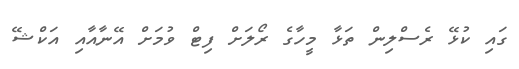
ގައި ކުޅޭ ރެސްލިން ތަޅާ މީހާގެ ރޯލަށް ފިޓް ވުމަށް އޭނާއާއި އަކްޝޭ